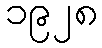
၁၉၂၈